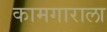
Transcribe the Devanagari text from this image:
कामगाराला